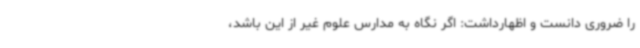
را ضروری دانست و اظهارداشت: اگر نگاه به مدارس علوم غیر از این باشد،